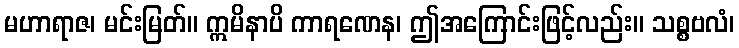
မဟာရာဇ၊ မင်းမြတ်။ ဣမိနာပိ ကာရဏေန၊ ဤအကြောင်းဖြင့်လည်း။ သစ္စဗလံ၊